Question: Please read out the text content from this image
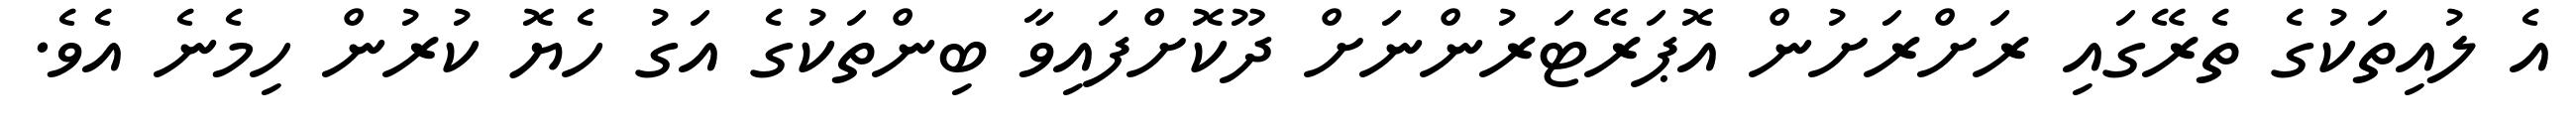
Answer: އެ ލުއިތަކުގެ ތެރޭގައި ރަށްރަށުން އޮޕަރޭޓަރުންނަށް ދޫކޮށްފައިވާ ބިންތަކުގެ އަގު ހެޔޮ ކުރުން ހިމެނެ އެވެ.